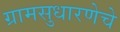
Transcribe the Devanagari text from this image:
ग्रामसुधारणेचे